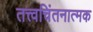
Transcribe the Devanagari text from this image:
तत्त्वचिंतनात्मक